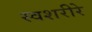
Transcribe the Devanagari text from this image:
स्वशरीरे